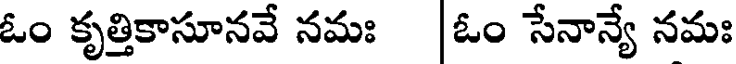
ఓం కృత్తికాసూనవే నమః ఓం సేనాన్యే నమః